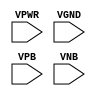
module sky130_fd_sc_ms__tapvgnd (
    VPWR,
    VGND,
    VPB ,
    VNB
);

    // Module ports
    input VPWR;
    input VGND;
    input VPB ;
    input VNB ;
     // No contents.
endmodule